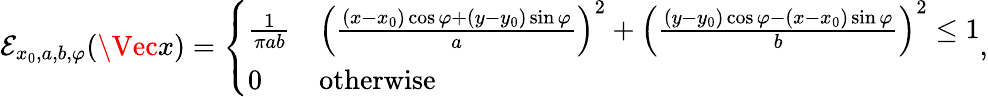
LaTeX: \begin{array}{r}{\mathcal{E}_{x_{0},a,b,\varphi}(\Vec{x})=\left\{ \begin{array}{ll}{\frac{1}{\pi ab}}&{\left(\frac{(x-x_{0})\cos\varphi+(y-y_{0})\sin\varphi}{a}\right)^{2}+\left(\frac{(y-y_{0})\cos\varphi-(x-x_{0})\sin\varphi}{b}\right)^{2}\leq 1}\\ {0}&{\mathrm{otherwise}}\end{array}\right.,}\end{array}